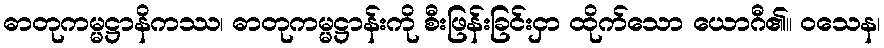
ဓာတုကမ္မဋ္ဌာနိကဿ၊ ဓာတုကမ္မဋ္ဌာန်းကို စီးဖြန်းခြင်းငှာ ထိုက်သော ယောဂီ၏။ ဝသေန၊